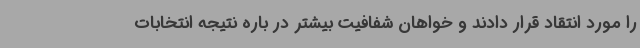
را مورد انتقاد قرار دادند و خواهان شفافیت بیشتر در باره نتیجه انتخابات